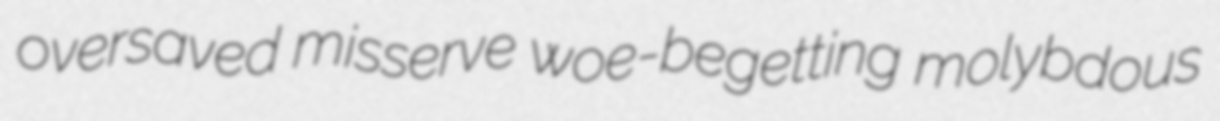
oversaved misserve woe-begetting molybdous